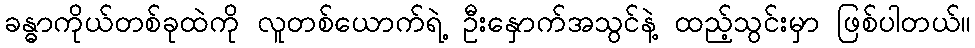
ခန္ဓာကိုယ်တစ်ခုထဲကို လူတစ်ယောက်ရဲ့ ဦးနှောက်အသွင်နဲ့ ထည့်သွင်းမှာ ဖြစ်ပါတယ်။